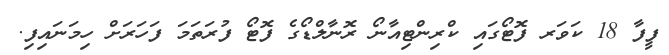
ފީފާ 18 ކަވަރ ފޮޓޯގައި ކްރިންޓިއާނޯ ރޮނާލްޑޯގެ ފޮޓޯ ފުރަތަމަ ފަހަރަށް ހިމަނައިފި.